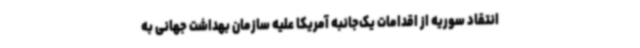
انتقاد سوریه از اقدامات یک‌جانبه آمریکا علیه سازمان بهداشت جهانی به